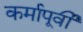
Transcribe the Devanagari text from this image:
कर्मापूर्वी